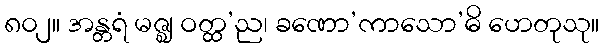
၈၀၂။ အန္တရံ မဇ္ဈ ဝတ္ထ’ည၊ ခဏော’ကာသော’ဓိ ဟေတုသု။